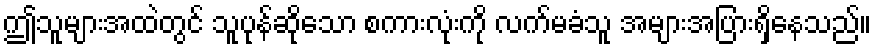
ဤသူများအထဲတွင် သူပုန်ဆိုသော စကားလုံးကို လက်မခံသူ အများအပြားရှိနေသည်။